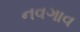
નવગાવ